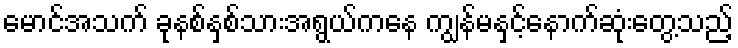
မောင်အသက် ခုနစ်နှစ်သားအရွယ်ကနေ ကျွန်မနှင့်နောက်ဆုံးတွေ့သည့်